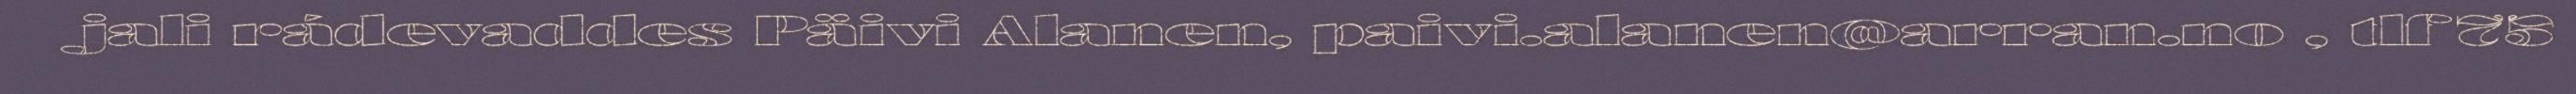
jali rádevaddes Päivi Alanen, paivi.alanen@arran.no , tlf 75